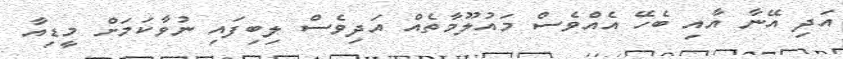
އަދި އޭނާ އާއި ބެހޭ އެއްވެސް މައުލޫމާތެއް އަދިވެސް ލިބިފައި ނުވާކަމަށް މީޑިއާ